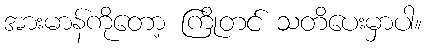
အားမာန်ကိုတော့ ကြိုတင် သတိပေးမှာပါ။